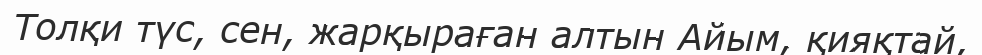
Толқи түс, сен, жарқыраған алтын Айым, қияқтай,